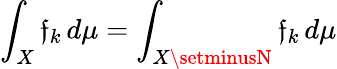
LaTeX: \int_{X}\mathfrak{f}_{k}\, d\mu=\int_{X\setminusN}\mathfrak{f}_{k}\, d\mu